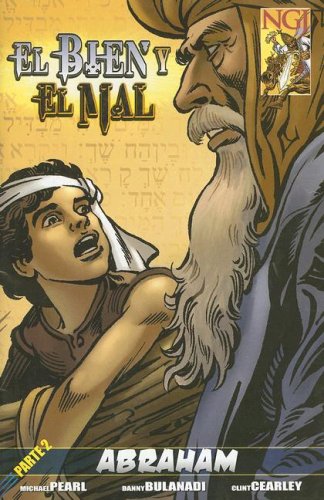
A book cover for El Bien y El Mal Parte 2: Abraham Comic Book (No Greater Joy) (Pt. 2) (Spanish Edition); Michael Pearl; Children's Books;